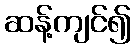
ဆန့်ကျင်၍